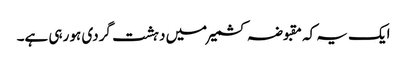
ایک یہ کہ مقبوضہ کشمیر میں دہشت گردی ہو رہی ہے۔